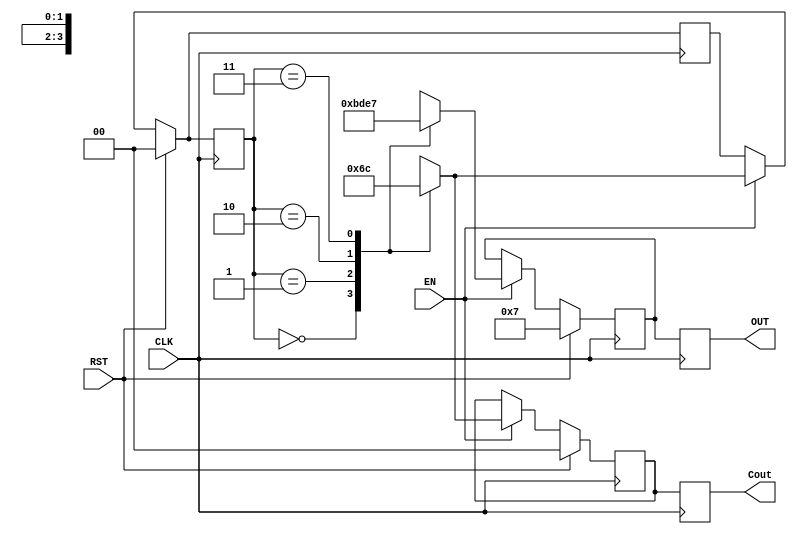
`timescale 1ns / 1ps
//////////////////////////////////////////////////////////////////////////////////
// Company: 
// 
// Design Name: 
// Module Name: Moore
// Project Name: 
// Target Devices: 
// Tool Versions: 
// Description: 
// 
// Dependencies: 
// 
// Revision:
// Revision 0.01 - File Created
// Additional Comments:
// 
//////////////////////////////////////////////////////////////////////////////////


module Moore(
    input RST,
    input EN,
    input CLK,
    output[3:0] OUT,
    output [1:0] Cout
    );
    
localparam ZERO = 2'b00, ONE  = 2'b01,
           TWO  = 2'b10, THREE= 2'b11;
    
reg [1:0] state_q, state_d;
reg [3:0] out_q, out_d;
reg [1:0] Cout_q, Cout_d;

assign OUT = out_q;
assign Cout = Cout_q;

always @(posedge CLK) begin
    if (RST) begin
        state_d <= ZERO;
        out_d <= 4'b0111;
        Cout_d <= 2'b00;
    end

else if (EN) begin
    case (state_q)
    
    ZERO: begin
        state_d <= ONE; 
        out_d <= 4'b1011;
        Cout_d <= 2'b01;
    end
    
    ONE: begin
        state_d <= TWO;
        out_d <= 4'b1101;
        Cout_d <= 2'b10;
    end
    
    TWO: begin
        state_d <= THREE;
        out_d <= 4'b1110;
        Cout_d <= 2'b11;
    end
    
    THREE: begin
        state_d <= ZERO;
        out_d <= 4'b0111;
        Cout_d <= 2'b00;
    end
    
    default: state_d = ZERO;
    endcase
end
    

state_q <= state_d;
out_q <= out_d;
Cout_q <= Cout_d;
//ff2_q <= ff2_d;
end

    
endmodule